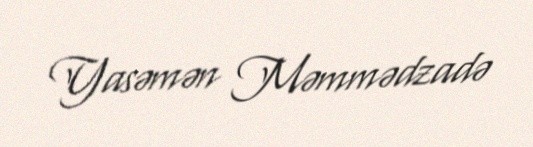
Yasəmən Məmmədzadə